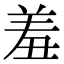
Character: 羞